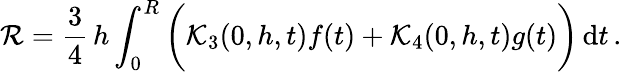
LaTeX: \mathcal{R}=\frac{3}{4}\, h\int_{0}^{R}\bigg(\mathcal{K}_{3}(0,h,t)f(t)+\mathcal{K}_{4}(0,h,t)g(t)\bigg)\, \mathrm{d}t\, .